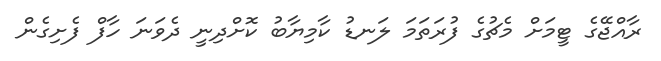
ރާއްޖޭގެ ޓީމަށް މެޗުގެ ފުރަތަމަ ލަނޑު ކާމިޔާބު ކޮށްދިނީ ދެވަނަ ހާފް ފެށިގެން